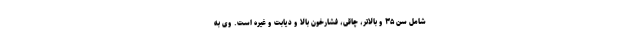
شامل سن ۳۵ و بالاتر، چاقی، فشارخون بالا و دیابت و غیره است. وی به